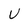
Character: V